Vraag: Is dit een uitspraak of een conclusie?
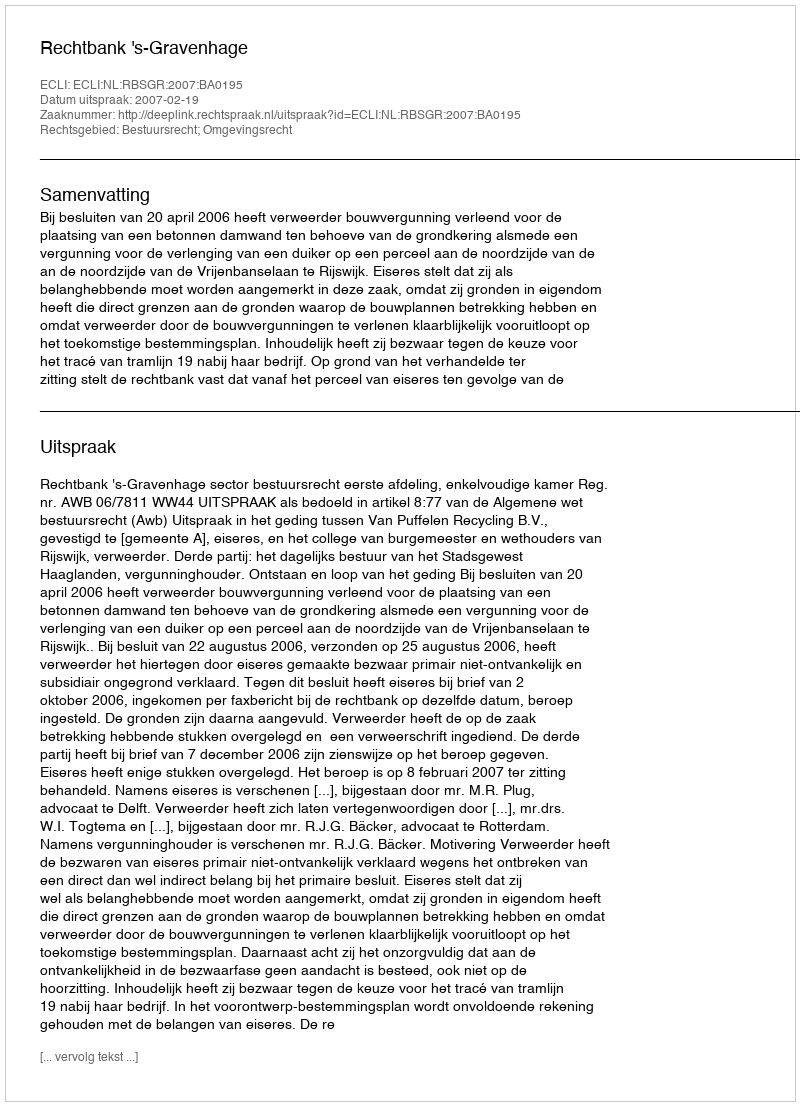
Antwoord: Uitspraak